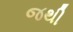
જથી